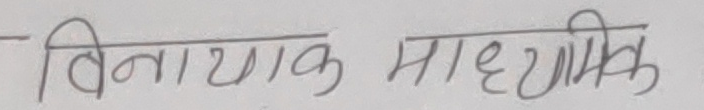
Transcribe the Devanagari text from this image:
विनायक माध्यमिक